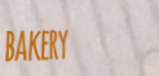
bakery